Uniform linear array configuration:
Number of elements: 16
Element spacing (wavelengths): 0.5
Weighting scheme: hann
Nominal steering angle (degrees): -15
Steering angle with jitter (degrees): -15.874
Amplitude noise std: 0.05
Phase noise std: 0.05

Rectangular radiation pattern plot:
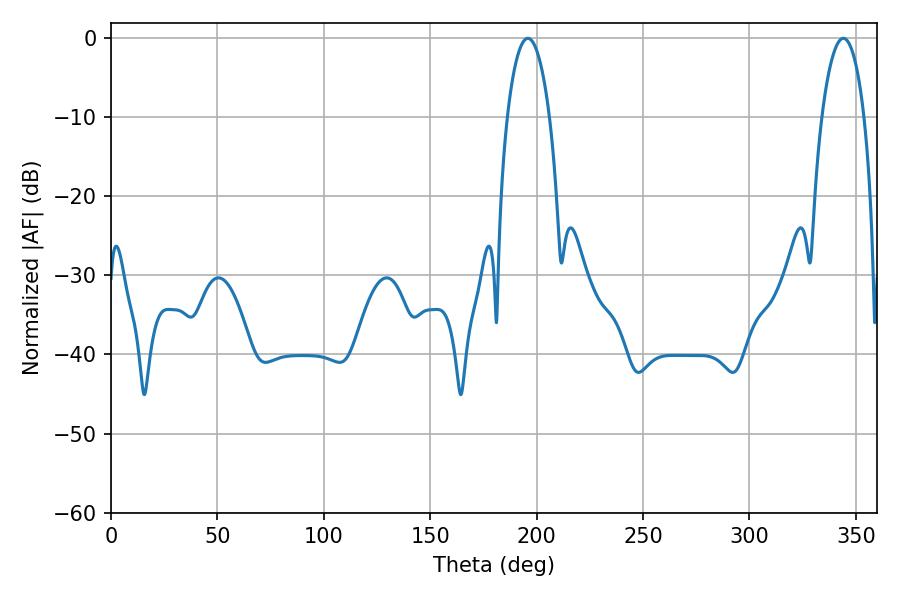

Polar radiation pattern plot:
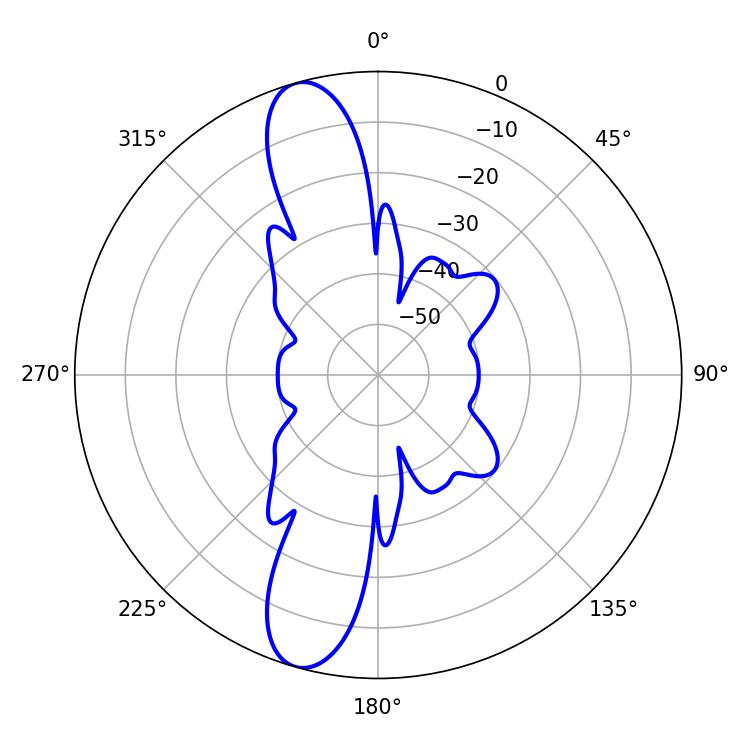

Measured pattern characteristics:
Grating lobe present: FALSE
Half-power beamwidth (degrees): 11.16
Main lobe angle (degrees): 195.84